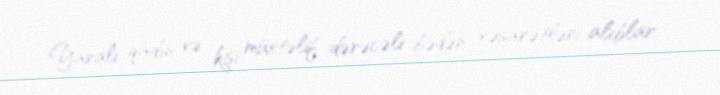
Yaralı qadın və kişi müxtəlif dərəcəli bədən xəsarətləri alıblar.